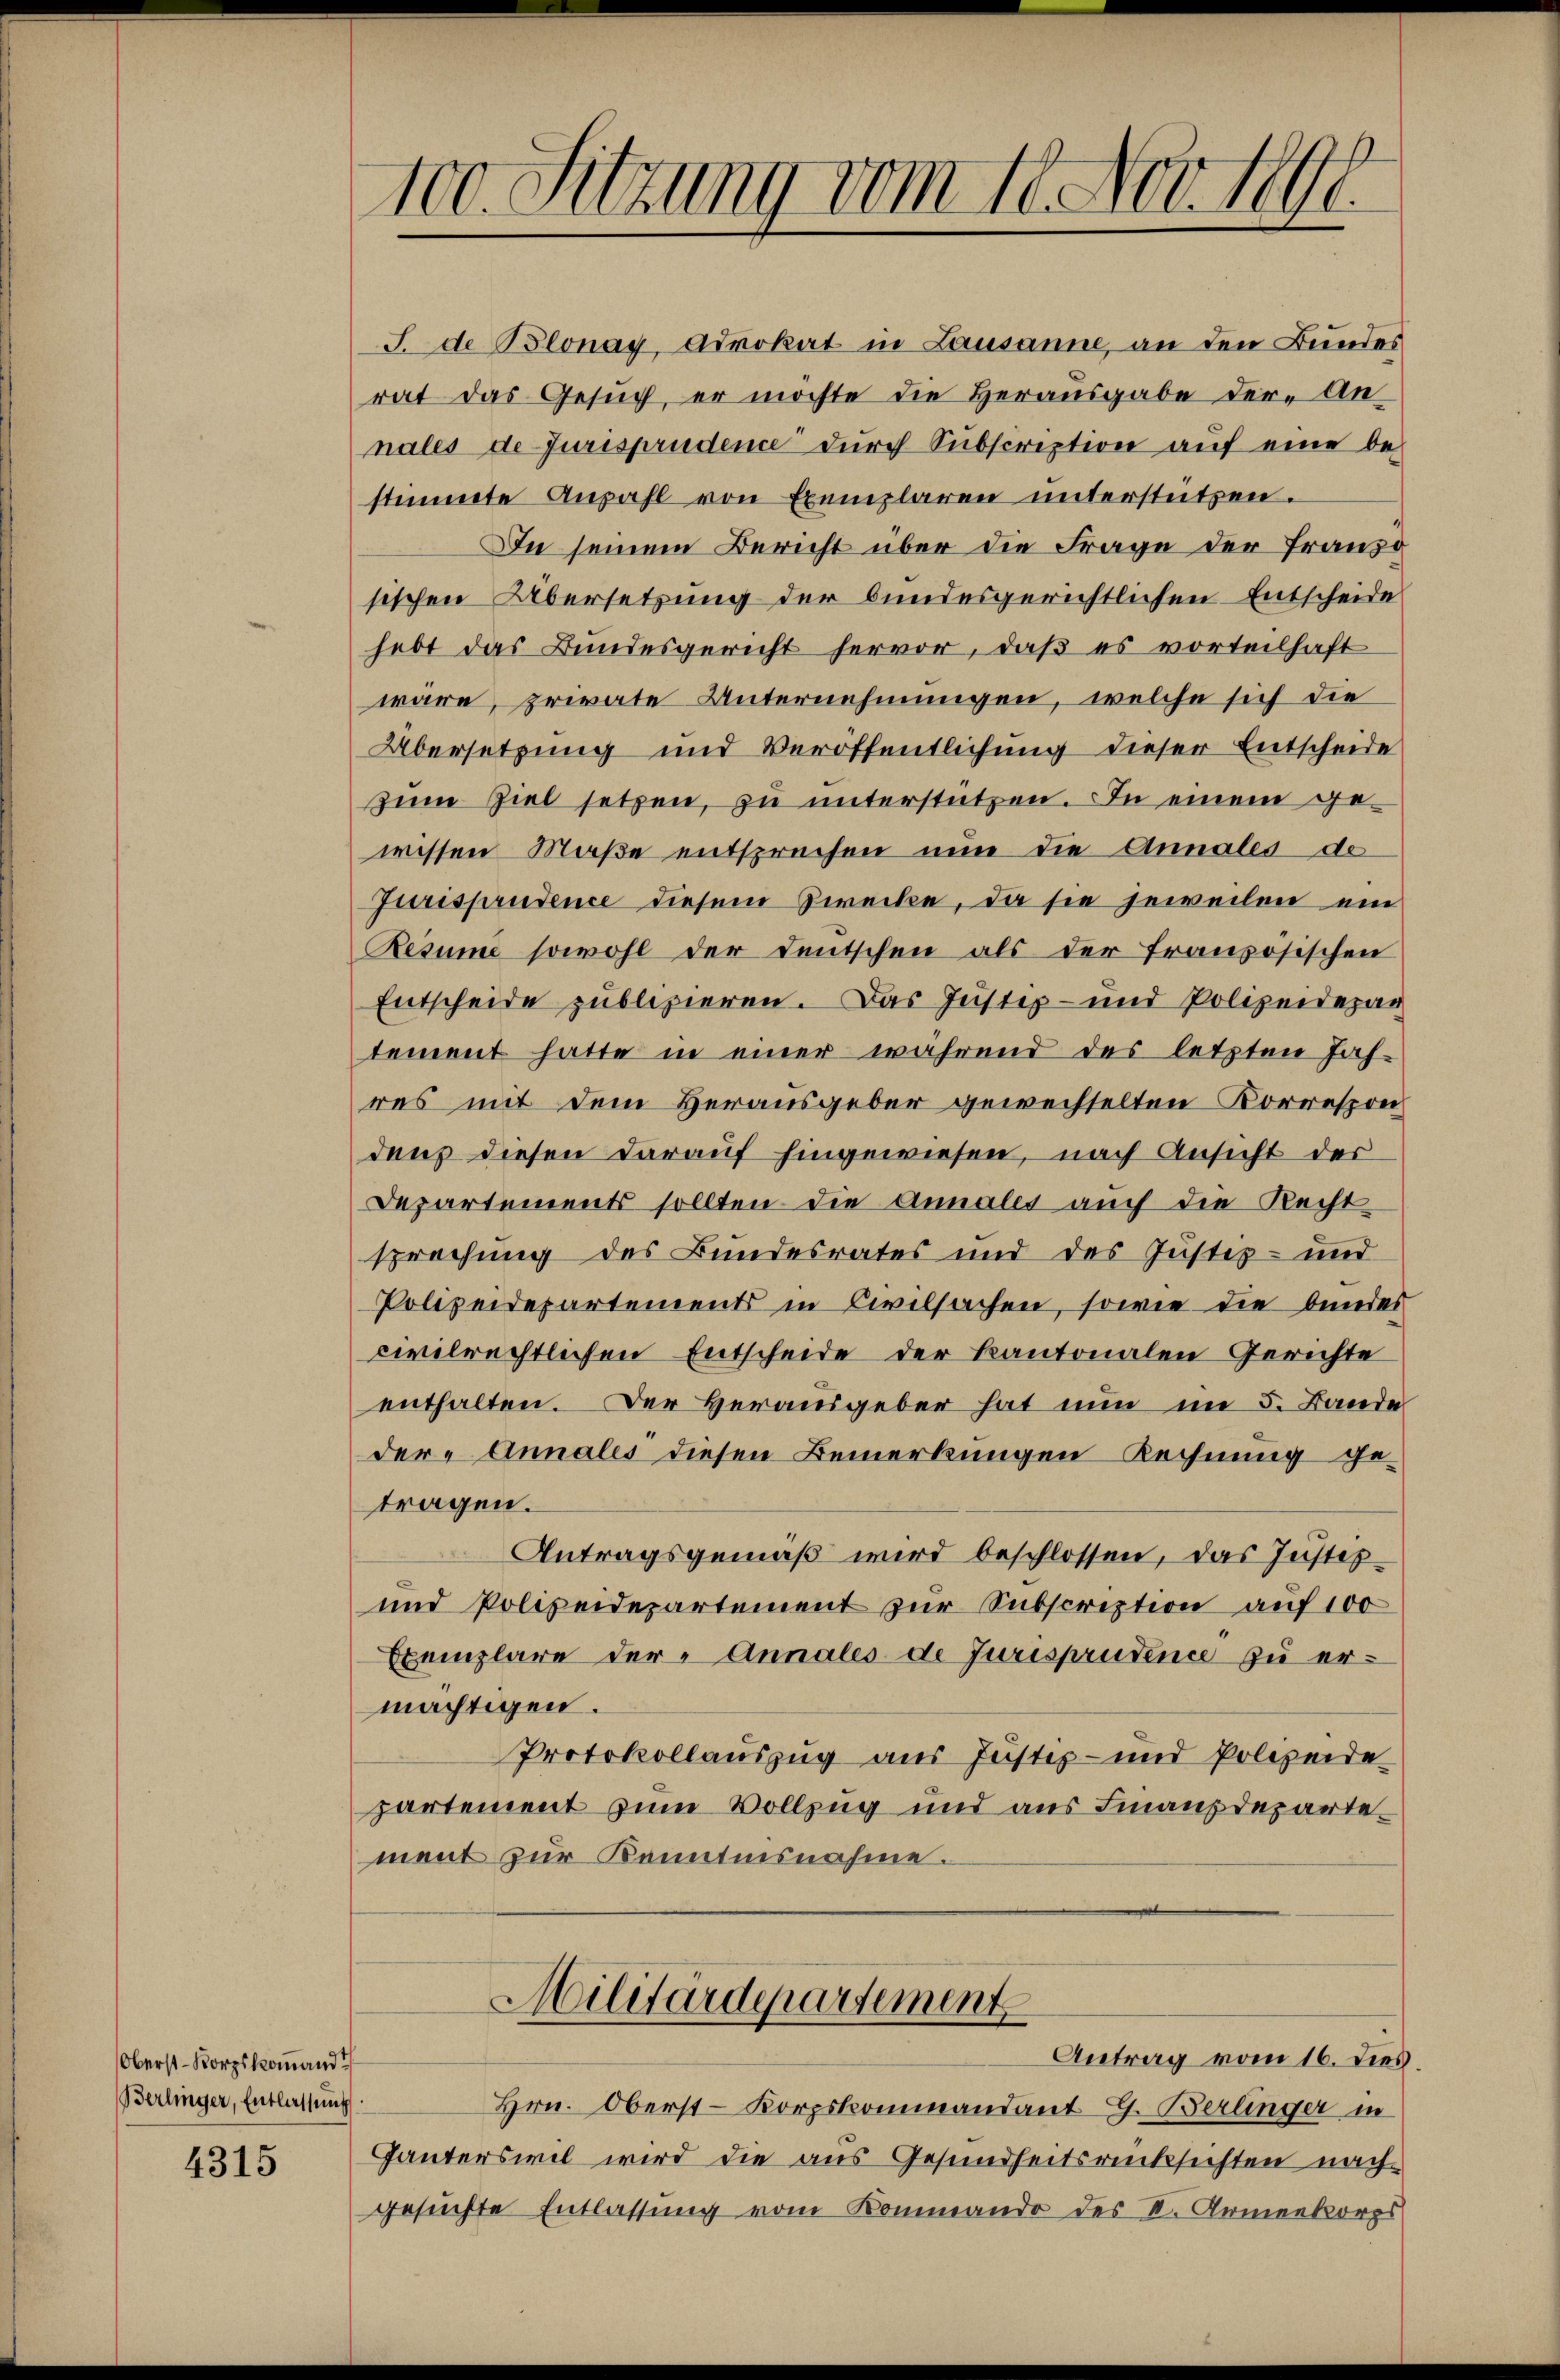
Oberst-Korpskommand
Berlinger, Entlassung

4315

100. Sitzung vom 10. Nov. 1796.

J. de Blonay, Advokat in Lausanne, an den Bundes
rat das Gesuch, er möchte die Herausgabe der Annales de Jurisprudence dŭrch Subscreption aŭf eine be-
stimmte Anzahl von Exemplaren unterstützen.
In seinem Bericht über die Frage der Franzo
sischen Übersetzung der bundesgerichtlichen Entscheide
hebt das Bundesgericht hervor, daß es vorteilhaft
wäre, private Unternehmungen, welche sich die
Übersetzung und Veröffentlichung dieser Entscheide
zŭm Ziel setzen, zu unterstützen. In einem gewissen Maße entsprechen nun die Annales de
Jurisprudence diesem Berecke, da sie jeweilen ein
Resume sowohl der Deutschen als der französischen
Entscheide publizieren. Das Justiz- und Polizeidezag
tement hatte in einer während des letzten Jah-
res mit dem Herausgeber gewechselten Korrespon
dens diesen darauf hingewiesen, – nach Ansicht der
Departements sollten die Annales auch die Recht
sprechung des Bundesrates und des Justiz- und
Polizeidepartements in Civilsachen, sowie die bundes
civilrechtlichen Entscheide der Kantonalen Gerichte
enthalten. Der Herausgeber hat nun im 5. Bande
der Annales diesen Bemerkungen Rechnung getragen.
Antragsgemäß wird beschlossen, das Justiz¬
und Polizeidepartement zur Subscreption auf 100
Exemplare der Annales de Jurisprudence zu ermächtigen.
Protokollauszug aus Justiz- und Polizeide
partement zum Vollzug und aus Finanzdeparte
ment zur Kenntnisnahme.

Militärdepartement
Antrag vom 16. dies,

Hrn. Oberst-Korpskommandant G. Berlinger in
Ganterswil wird die aus Gesundheitsrücksichten nach-
gesuchte Entlassung vom Kommando des St. Armenkorps